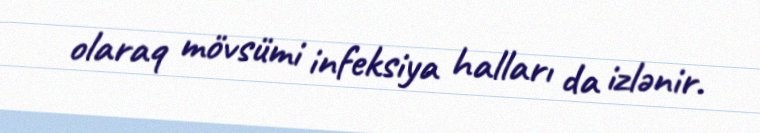
olaraq mövsümi infeksiya halları da izlənir.